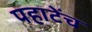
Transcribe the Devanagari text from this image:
पहाटेंच